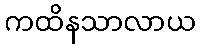
ကထိနသာလာယ